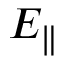
E _ { \parallel }